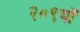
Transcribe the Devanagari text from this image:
२०९वॉ